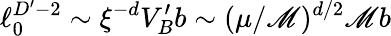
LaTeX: \ell_{0}^{D^{\prime}-2}\sim\xi^{-d}V_{B}^{\prime}b\sim(\mu/\mathscr{M})^{d/2}\mathscr{M}b